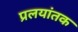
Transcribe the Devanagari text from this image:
प्रलयांतक